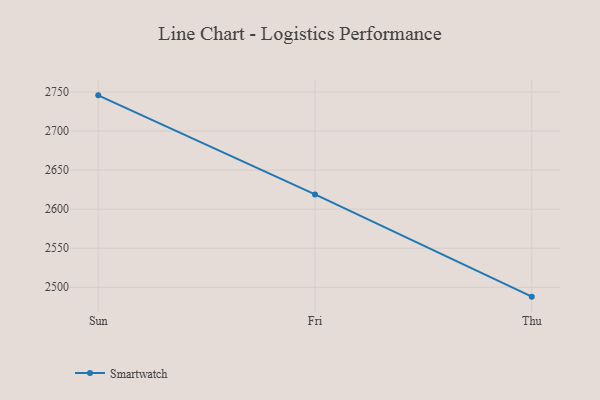
{"axis": {"x": "Day", "y": "Demand Index"}, "legend": ["Smartwatch"], "data": [{"x": "Sun", "y": 2745.7, "type": "Smartwatch"}, {"x": "Fri", "y": 2618.9, "type": "Smartwatch"}, {"x": "Thu", "y": 2488.0, "type": "Smartwatch"}]}